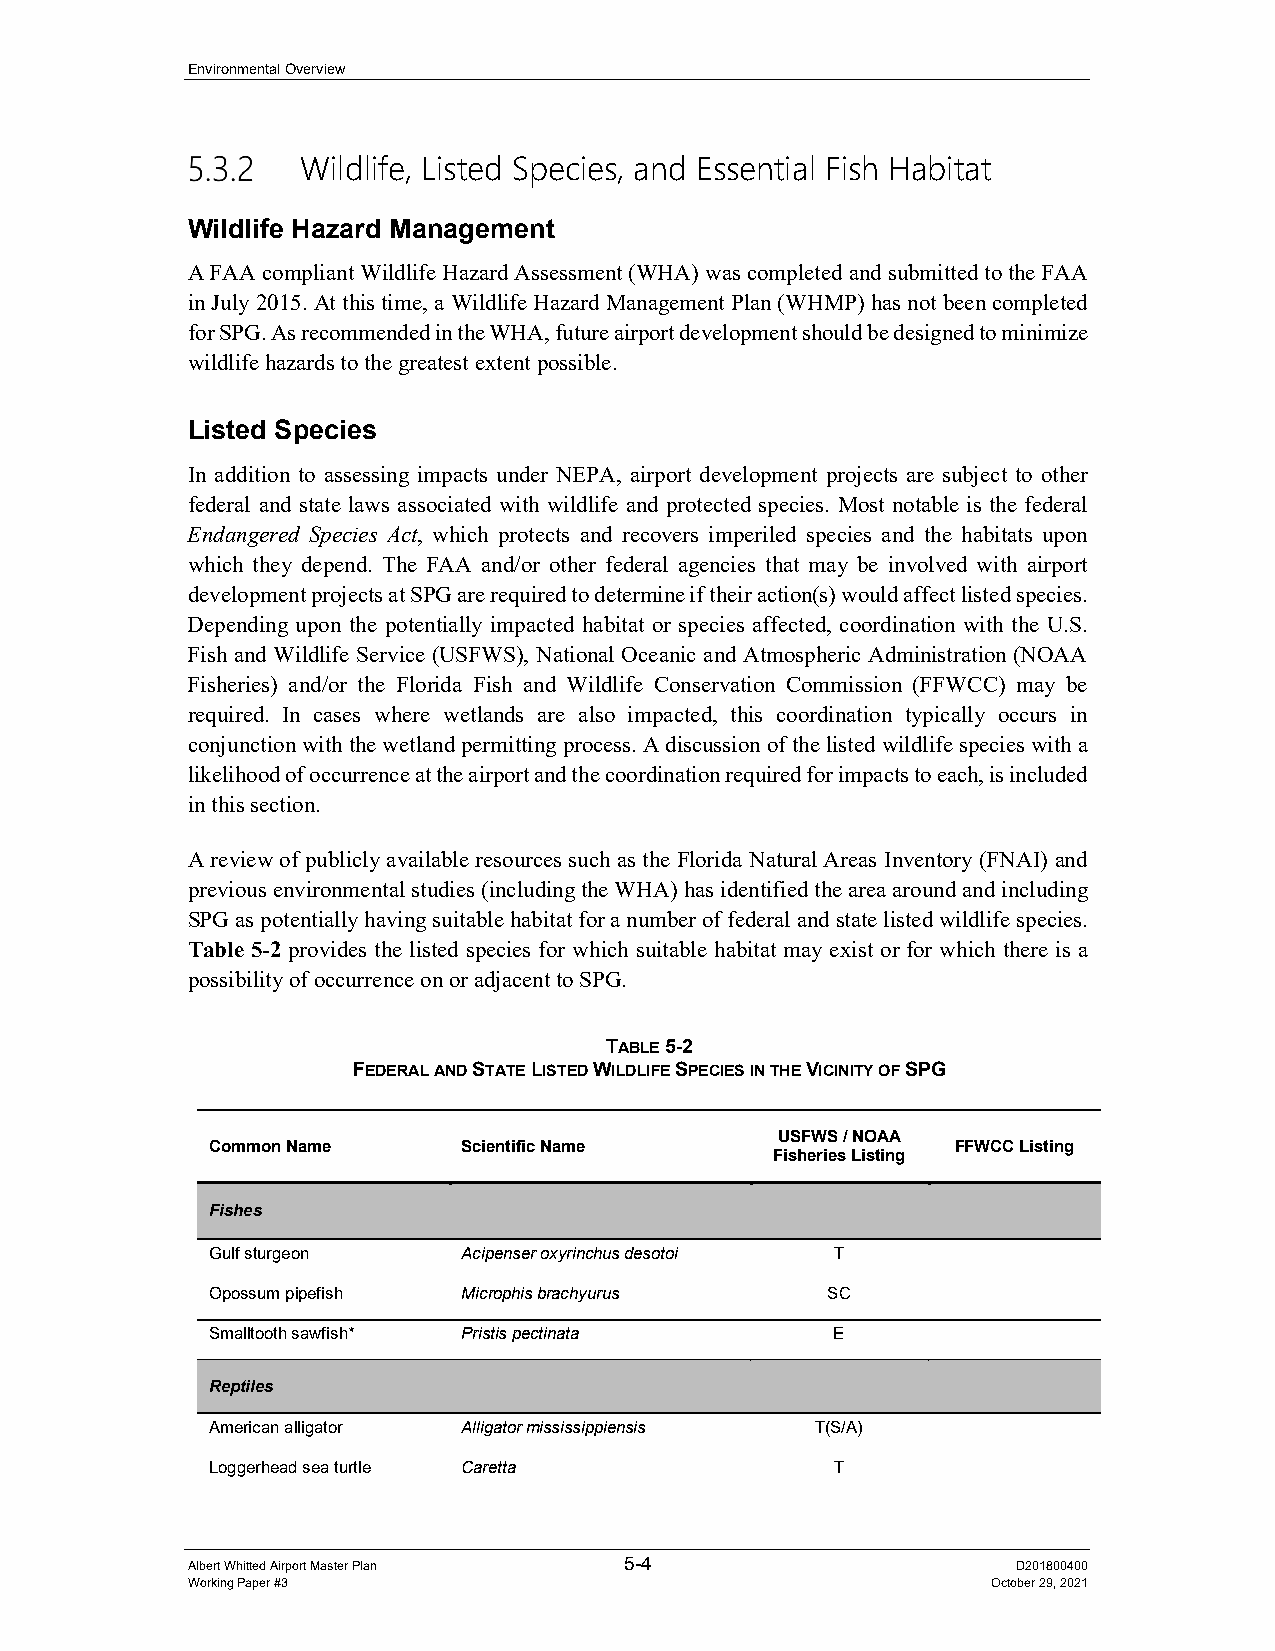
Environmental Overview
 Wildlife, Listed Species, and Essential Fish Habitat
 Wildlife Hazard Management
 A FAA compliant Wildlife Hazard Assessment (WHA) was completed and submitted to the FAA
 in July 2015. At this time, a Wildlife Hazard Management Plan (WHMP) has not been completed
 for SPG. As recommended in the WHA, future airport development should be designed to minimize
 wildlife hazards to the greatest extent possible.
 Listed Species
 In addition to assessing impacts under NEPA, airport development projects are subject to other
 federal and state laws associated with wildlife and protected species. Most notable is the federal
 Endangered Species Act, which protects and recovers imperiled species and the habitats upon
 which they depend. The FAA and/or other federal agencies that may be involved with airport
 development projects at SPG are required to determine if their action(s) would affect listed species.
 Depending upon the potentially impacted habitat or species affected, coordination with the U.S.
 Fish and Wildlife Service (USFWS), National Oceanic and Atmospheric Administration (NOAA
 Fisheries) and/or the Florida Fish and Wildlife Conservation Commission (FFWCC) may be
 required. In cases where wetlands are also impacted, this coordination typically occurs in
 conjunction with the wetland permitting process. A discussion of the listed wildlife species with a
 likelihood of occurrence at the airport and the coordination required for impacts to each, is included
 in this section.
 A review of publicly available resources such as the Florida Natural Areas Inventory (FNAI) and
 previous environmental studies (including the WHA) has identified the area around and including
 SPG as potentially having suitable habitat for a number of federal and state listed wildlife species.
 Table 5-2 provides the listed species for which suitable habitat may exist or for which there is a
 possibility of occurrence on or adjacent to SPG.
 TABLE 5-2
 FEDERAL AND STATE LISTED WILDLIFE SPECIES IN THE VICINITY OF SPG
 USFWS / NOAA
 Common Name      Scientific Name                 FFWCC Listing
 Fisheries Listing
 Fishes
 Gulf sturgeon    Acipenser oxyrinchus desotoi T
 Opossum pipefish Microphis brachyurus    SC
 Smalltooth sawfish* Pristis pectinata    E
 Reptiles
 American alligator Alligator mississippiensis T(S/A)
 Loggerhead sea turtle Caretta            T
 Albert Whitted Airport Master Plan 5-4                 D201800400
 Working Paper #3                                      October 29, 2021